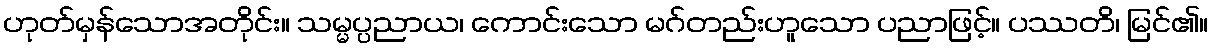
ဟုတ်မှန်သောအတိုင်း။ သမ္မပ္ပညာယ၊ ကောင်းသော မဂ်တည်းဟူသော ပညာဖြင့်။ ပဿတိ၊ မြင်၏။